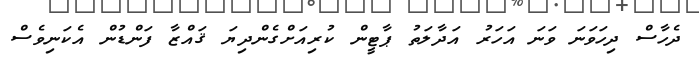
ދެހާސް ދިހަވަނަ ވަނަ އަހަރު އަދާލަތު ޕާޓީން ކުރިއަށްގެންދިޔަ ޤައްޒާ ފަންޑުން އެކަނިވެސް